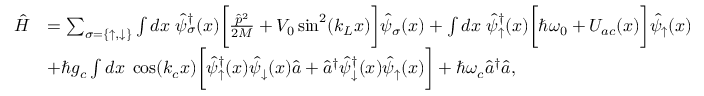
\begin{array} { r l } { \hat { H } } & { = \sum _ { \sigma = \{ \uparrow , \downarrow \} } \int d x \; \hat { \psi } _ { \sigma } ^ { \dag } ( x ) \bigg [ \frac { \hat { p } ^ { 2 } } { 2 M } + V _ { 0 } \sin ^ { 2 } ( k _ { L } x ) \bigg ] \hat { \psi } _ { \sigma } ( x ) + \int d x \; \hat { \psi } _ { \uparrow } ^ { \dag } ( x ) \bigg [ \hbar \omega _ { 0 } + U _ { a c } ( x ) \bigg ] \hat { \psi } _ { \uparrow } ( x ) } \\ & { + \hbar g _ { c } \int d x \; \cos ( k _ { c } x ) \bigg [ \hat { \psi } _ { \uparrow } ^ { \dag } ( x ) \hat { \psi } _ { \downarrow } ( x ) \hat { a } + \hat { a } ^ { \dag } \hat { \psi } _ { \downarrow } ^ { \dag } ( x ) \hat { \psi } _ { \uparrow } ( x ) \bigg ] + \hbar \omega _ { c } \hat { a } ^ { \dag } \hat { a } , } \end{array}